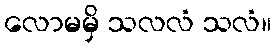
လောမမှိ သလလံ သလံ။